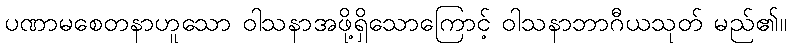
ပဏာမစေတနာဟူသော ဝါသနာအဖို့ရှိသောကြောင့် ဝါသနာဘာဂီယသုတ် မည်၏။